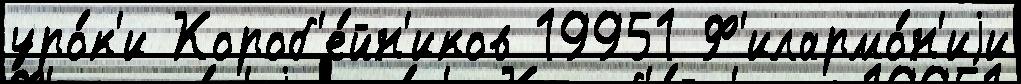
уро́к'и Короб'е́йн'иков 19951 Ф'илармо́н'иjи